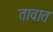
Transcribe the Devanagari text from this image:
तावात